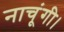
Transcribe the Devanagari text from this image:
नाचूंगी।